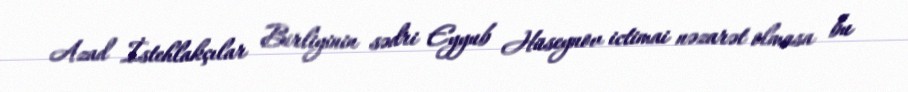
Azad İstehlakçılar Birliyinin sədri Eyyub Hüseynov ictimai nəzarət olmasa bu